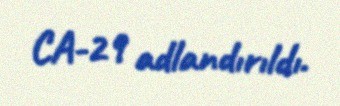
CA-29 adlandırıldı.